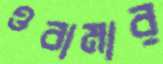
ওবামার